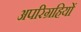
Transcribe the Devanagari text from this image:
अपरिग्रहियों